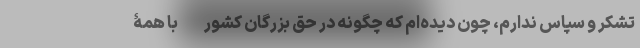
تشکر و سپاس ندارم، چون دیده‌ام که چگونه در حق بزرگان کشور -با همۀ